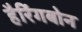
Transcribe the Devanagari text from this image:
हैरिंगबोन